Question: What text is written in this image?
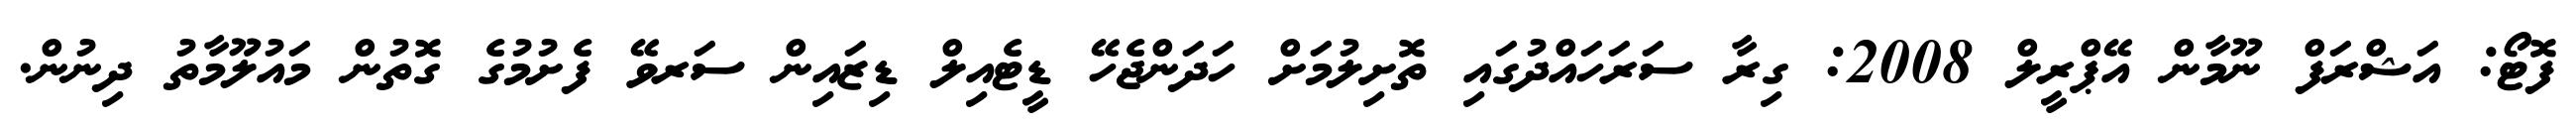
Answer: ފޮޓޯ: އަޝްރަފް ނޫމާން އޭޕްރީލް 2008: ގިރާ ސަރަހައްދުގައި ތޮށިލުމަށް ހަދަންޖެހޭ ޑީޓެއިލް ޑިޒައިން ސަރވޭ ފެށުމުގެ ގޮތުން މައުލޫމާތު ދިނުން.